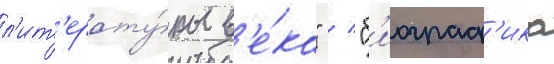
л'ит'ерату́ры в'е́ка" / "б'иограф'ика